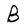
Character: B